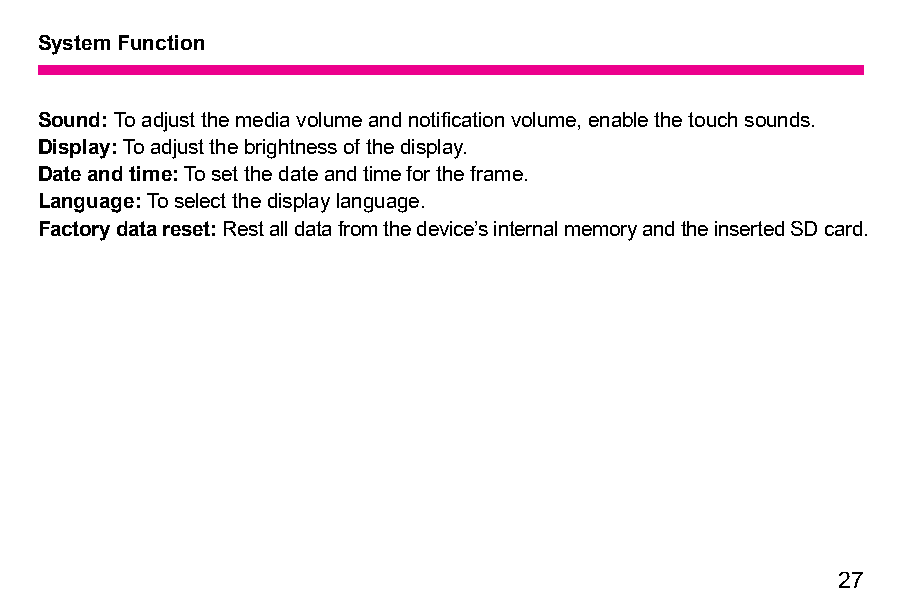
System Function
 Sound: To adjust the media volume and notification volume, enable the touch sounds.
 Display: To adjust the brightness of the display.
 Date and time: To set the date and time for the frame.
 Language: To select the display language.
 Factory data reset: Rest all data from the device’s internal memory and the inserted SD card.
 27